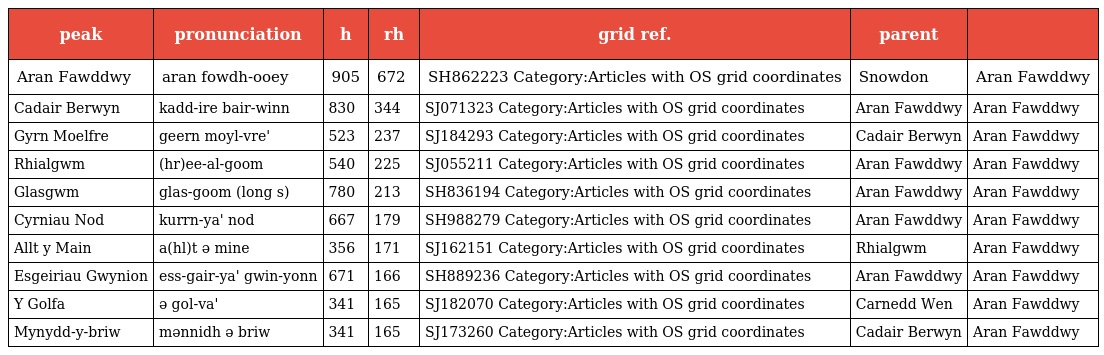
| peak | pronunciation | h | rh | grid ref. | parent |  |
 | --- | --- | --- | --- | --- | --- | --- |
 | Aran Fawddwy | aran fowdh-ooey | 905 | 672 | SH862223 Category:Articles with OS grid coordinates | Snowdon | Aran Fawddwy |
 | Cadair Berwyn | kadd-ire bair-winn | 830 | 344 | SJ071323 Category:Articles with OS grid coordinates | Aran Fawddwy | Aran Fawddwy |
 | Gyrn Moelfre | geern moyl-vre' | 523 | 237 | SJ184293 Category:Articles with OS grid coordinates | Cadair Berwyn | Aran Fawddwy |
 | Rhialgwm | (hr)ee-al-goom | 540 | 225 | SJ055211 Category:Articles with OS grid coordinates | Aran Fawddwy | Aran Fawddwy |
 | Glasgwm | glas-goom (long s) | 780 | 213 | SH836194 Category:Articles with OS grid coordinates | Aran Fawddwy | Aran Fawddwy |
 | Cyrniau Nod | kurrn-ya' nod | 667 | 179 | SH988279 Category:Articles with OS grid coordinates | Aran Fawddwy | Aran Fawddwy |
 | Allt y Main | a(hl)t ə mine | 356 | 171 | SJ162151 Category:Articles with OS grid coordinates | Rhialgwm | Aran Fawddwy |
 | Esgeiriau Gwynion | ess-gair-ya' gwin-yonn | 671 | 166 | SH889236 Category:Articles with OS grid coordinates | Aran Fawddwy | Aran Fawddwy |
 | Y Golfa | ə gol-va' | 341 | 165 | SJ182070 Category:Articles with OS grid coordinates | Carnedd Wen | Aran Fawddwy |
 | Mynydd-y-briw | mənnidh ə briw | 341 | 165 | SJ173260 Category:Articles with OS grid coordinates | Cadair Berwyn | Aran Fawddwy |